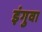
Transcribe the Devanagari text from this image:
इंगुवा